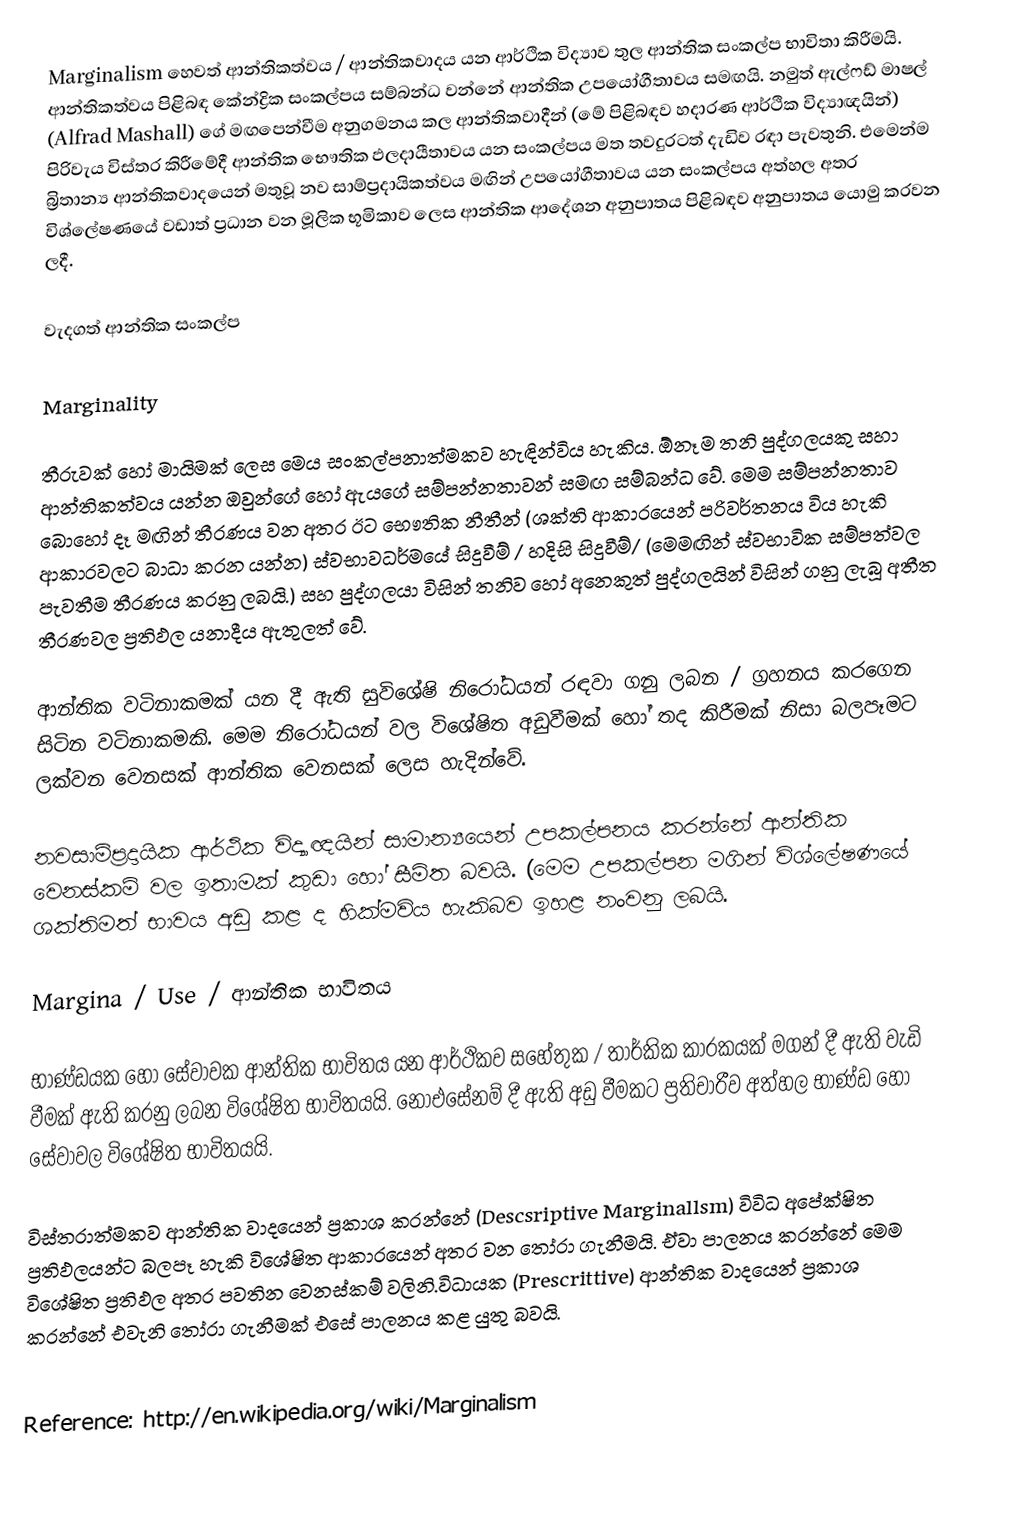
Marginalism හෙවත් ආන්තිකත්වය / ආන්තිකවාදය යන ආර්ථික විද්‍යාව තුල ආන්තික සංකල්ප භාවිතා කිරීමයි. ආන්තිකත්වය පිළිබඳ කේන්ද්‍රික සංකල්පය සම්බන්ධ වන්නේ ආන්තික උපයෝගීතාවය සමඟයි. නමුත් ඇල්ෆඩ් මාෂල් (Alfrad Mashall) ගේ මඟපෙන්වීම අනුගමනය කල ආන්තිකවාදීන් (මේ පිළිබඳව හදාරණ ආර්ථික විද්‍යාඥයින්) පිරිවැය විස්තර කිරීමේදී ආන්තික භෞතික ඵලදායීතාවය යන සංකල්පය මත තවදුරටත් දැඩිව රඳා පැවතුනි. එමෙන්ම බ්‍රිතාන්‍ය ආන්තිකවාදයෙන් මතුවූ නව සාම්ප්‍රදායිකත්වය මඟින් උපයෝගීතාවය යන සංකල්පය අත්හල අතර විශ්ලේෂණයේ වඩාත් ප්‍රධාන වන මූලික භූමිකාව ලෙස ආන්තික ආදේශන අනුපාතය පිළිබඳව අනුපාතය යොමු කරවන ලදී.

වැදගත් ආන්තික සංකල්ප

Marginality

තීරුවක් හෝ මායිමක් ලෙස මෙය සංකල්පනාත්මකව හැඳින්විය හැකිය. ඕනෑම තනි පුද්ගලයකු සහා ආන්තිකත්වය යන්න ඔවුන්ගේ හෝ ඇයගේ සම්පන්නතාවන් සමඟ සම්බන්ධ වේ. මෙම සම්පන්නතාව බොහෝ දෑ මඟින් තීරණය වන අතර ඊට භෞතික නීතීන් (ශක්ති ආකාරයෙන් පරිවර්තනය විය හැකි ආකාරවලට බාධා කරන යන්න) ස්වභාවධර්මයේ සිදුවීම් / හදිසි සිදුවීම්/ (මෙමඟින් ස්වභාවික සම්පත්වල පැවතීම තීරණය කරනු ලබයි.) සහ පුද්ගලයා විසින් තනිව හෝ අනෙකුත් පුද්ගලයින් විසින් ගනු ලැබූ අතීත තීරණවල ප්‍රතිඵල යනාදීය ඇතුලත් වේ.

ආන්තික වටිනාකමක් යන දී ඇති සුවිශේෂි නිරෝධයන් රඳවා ගනු ලබන / ග්‍රහනය කරගෙන සිටින වටිනාකමකි. මෙම නිරෝධයන් වල විශේෂිත අඩුවීමක් හෝ තද කිරීමක් නිසා බලපෑමට ලක්වන වෙනසක් ආන්තික වෙනසක් ලෙස හැදින්වේ.

නවසාම්ප්‍රදායික ආර්ථික විද්‍යාඥයින් සාමාන්‍යයෙන් උපකල්පනය කරන්නේ ආන්තික වෙනස්කම් වල ඉතාමක් කුඩා හෝ සීමිත බවයි. (මෙම උපකල්පන මගින් විශ්ලේෂණයේ ශක්තිමත් භාවය අඩු කළ ද හික්මවිය හැකිබව ඉහළ නංවනු ලබයි.

Margina / Use / ආන්තික භාවිතය

භාණ්ඩයක හෝ සේවාවක ආන්තික භාවිතය යන ආර්ථිකව සහේතුක / තාර්කික කාරකයක් මගන් දී ඇති වැඩි වීමක් ඇති කරනු ලබන විශේෂිත භාවිතයයි. නොඑසේනම් දී ඇති අඩු වීමකට ප්‍රතිචාරීව අත්හල භාණ්ඩ හෝ සේවාවල විශේෂිත භාවිතයයි.

විස්තරාත්මකව ආන්තික වාදයෙන් ප්‍රකාශ කරන්නේ (Descsriptive Marginallsm) විවිධ අපේක්ෂිත ප්‍රතිඵලයන්ට බලපෑ හැකි විශේෂිත ආකාරයෙන් අතර වන තෝරා ගැනීමයි. ඒවා පාලනය කරන්නේ මෙම විශේෂිත ප්‍රතිඵල අතර පවතින වෙනස්කම් වලිනි.විධායක (Prescrittive) ආන්තික වාදයෙන් ප්‍රකාශ කරන්නේ එවැනි තෝරා ගැනීමක් එසේ පාලනය කළ යුතු බවයි.

Reference: http://en.wikipedia.org/wiki/Marginalism